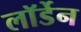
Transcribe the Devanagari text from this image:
लॉर्डेन